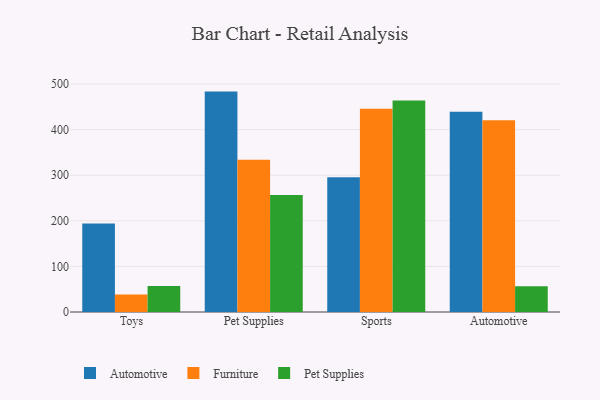
{"axis": {"x": "Category", "y": "Backlog"}, "legend": ["Automotive", "Furniture", "Pet Supplies"], "data": [{"x": "Toys", "y": 194.1, "type": "Automotive"}, {"x": "Toys", "y": 38.6, "type": "Furniture"}, {"x": "Toys", "y": 56.8, "type": "Pet Supplies"}, {"x": "Pet Supplies", "y": 483.4, "type": "Automotive"}, {"x": "Pet Supplies", "y": 333.8, "type": "Furniture"}, {"x": "Pet Supplies", "y": 256.4, "type": "Pet Supplies"}, {"x": "Sports", "y": 295.8, "type": "Automotive"}, {"x": "Sports", "y": 445.7, "type": "Furniture"}, {"x": "Sports", "y": 463.8, "type": "Pet Supplies"}, {"x": "Automotive", "y": 439.2, "type": "Automotive"}, {"x": "Automotive", "y": 420.4, "type": "Furniture"}, {"x": "Automotive", "y": 56.6, "type": "Pet Supplies"}]}